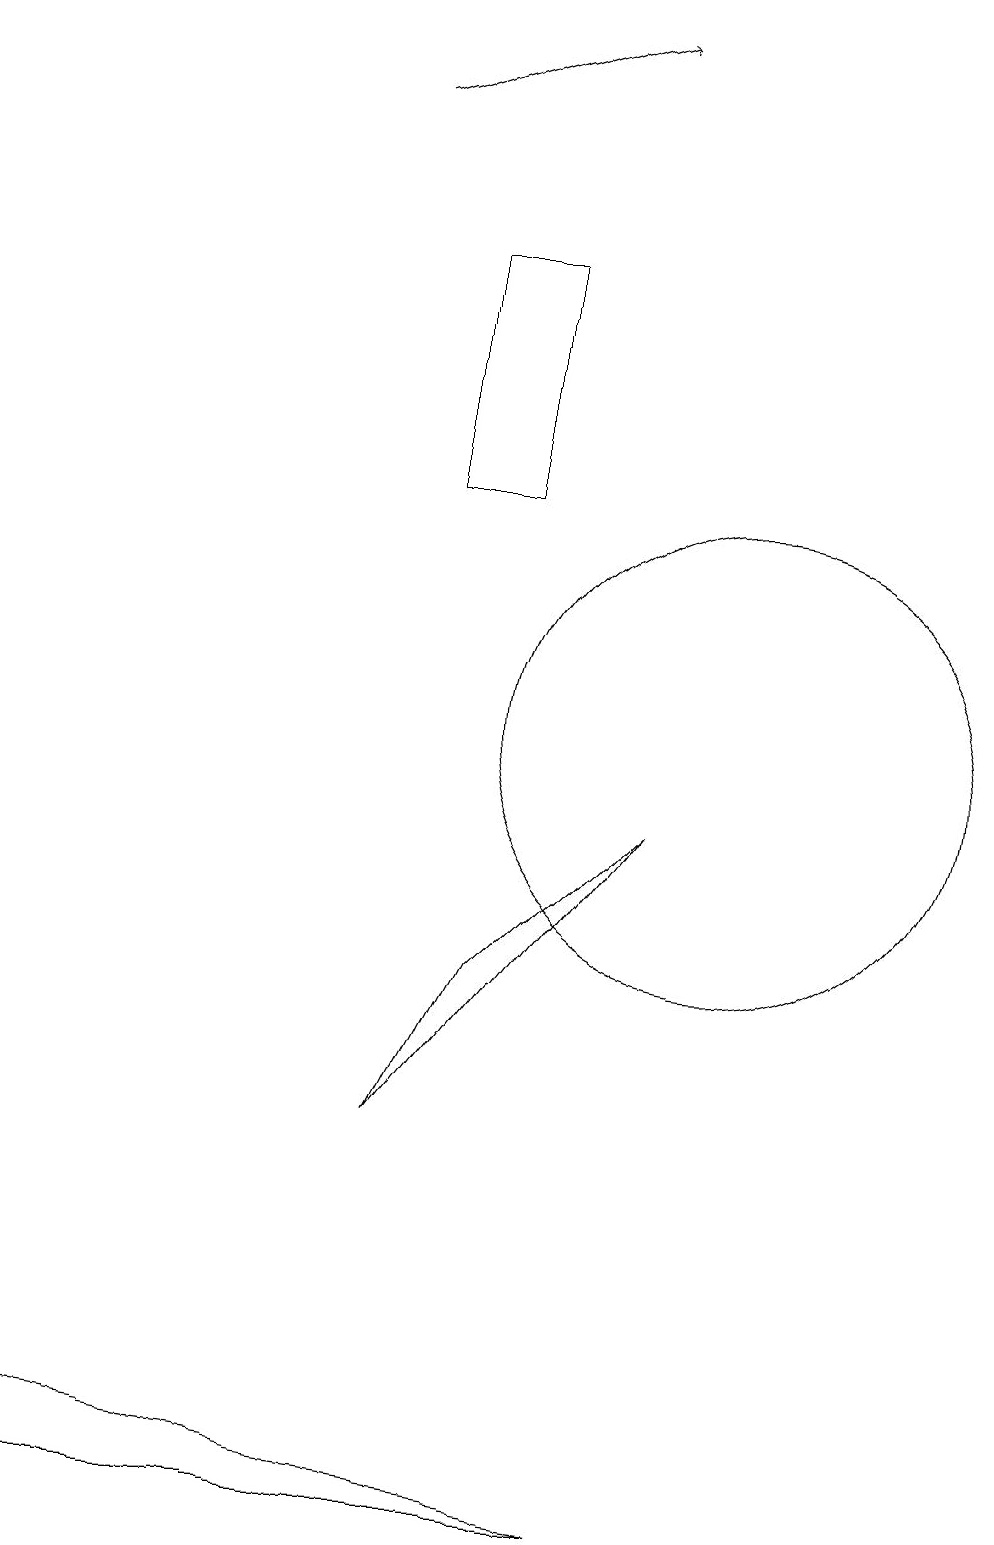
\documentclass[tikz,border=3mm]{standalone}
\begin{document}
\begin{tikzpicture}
\draw (10,10) circle (3);
\draw[->] (5,18) -- (8,19);
\draw (6,5) -- (7,7) -- (9,9) -- cycle;
\draw (6,13) rectangle (7,16);
\draw (1,0) -- (9,0) -- (1,1) -- cycle;
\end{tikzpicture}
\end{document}